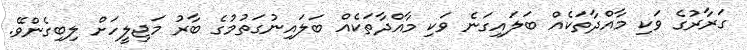
ގަރާރުގެ ވަކި މާއްދާތަކެއް ބަލައިގަނެ ވަކި މާއްދާތަކެއް ބަލައިނުގަތުމުގެ ބާރު މަޖިލީހަށް ލިބިގެންވޭ.